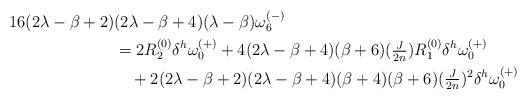
LaTeX: \begin{align*} 16(2\lambda-\beta+2)&(2\lambda-\beta+4)(\lambda-\beta)\omega^{(-)}_6\\ &=2 R^{(0)}_2 \delta^h\omega^{(+)}_0 +4(2\lambda-\beta+4)(\beta+6)(\tfrac{J}{2n}) R^{(0)}_1 \delta^h\omega^{(+)}_0\\ &\quad+2(2\lambda-\beta+2)(2\lambda-\beta+4) (\beta+4)(\beta+6)(\tfrac{J}{2n})^2\delta^h\omega^{(+)}_0 \end{align*}